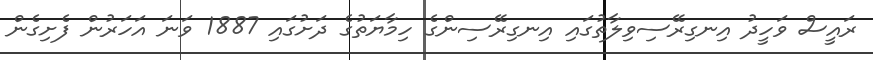
ރައީސް ވަހީދު އިނގިރޭސިވިލާތުގައި އިނގިރޭސިންގެ ހިމާޔަތުގެ ދަށުގައި 1887 ވަނަ އަހަރުން ފެށިގެން